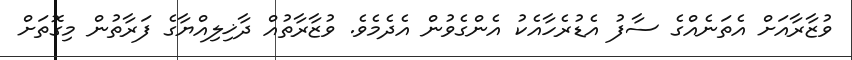
ވުޒާރާއަށް އެތަނެއްގެ ސާފު އެޑުރެހާއެކު އެންގެވުން އެދެމެވެ. ވުޒާރާތުއް ދާޚިލިއްޔާގެ ފަރާތުން މިގޮތަށް